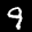
Label: 9